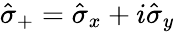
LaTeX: \hat{\sigma}_{+}=\hat{\sigma}_{x}+i\hat{\sigma}_{y}